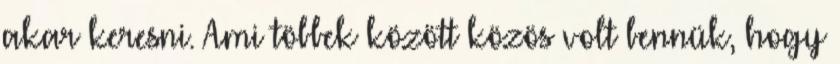
akar keresni. Ami többek között közös volt bennük, hogy